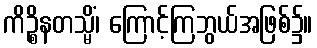
ကိဉ္စိနတသ္မိံ၊ ကြောင့်ကြဘွယ်အဖြစ်၌။